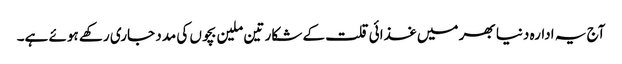
آج یہ ادارہ دنیا بھر میں غذائی قلت کے شکار تین ملین بچوں کی مدد جاری رکھے ہوئے ہے۔